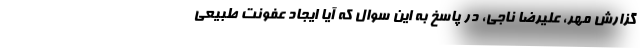
گزارش مهر، علیرضا ناجی، در پاسخ به این سوال که آیا ایجاد عفونت طبیعی